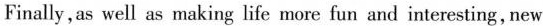
Finally,as well as making life more fun and interesting,new